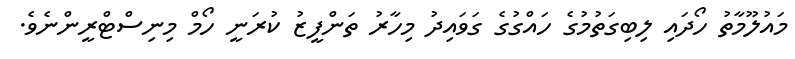
މައުލޫމާތު ހޯދައި ލިބިގަތުމުގެ ހައްގުގެ ގަވައިދު މިހާރު ތަންފީޒު ކުރަނީ ހޯމް މިނިސްޓްރީންނެވެ.